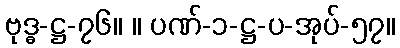
ဗုဒ္ဓ-ဋ္ဌ-၇၆။ ။ ပဏ်-၁-ဋ္ဌ-ပ-အုပ်-၅၇။